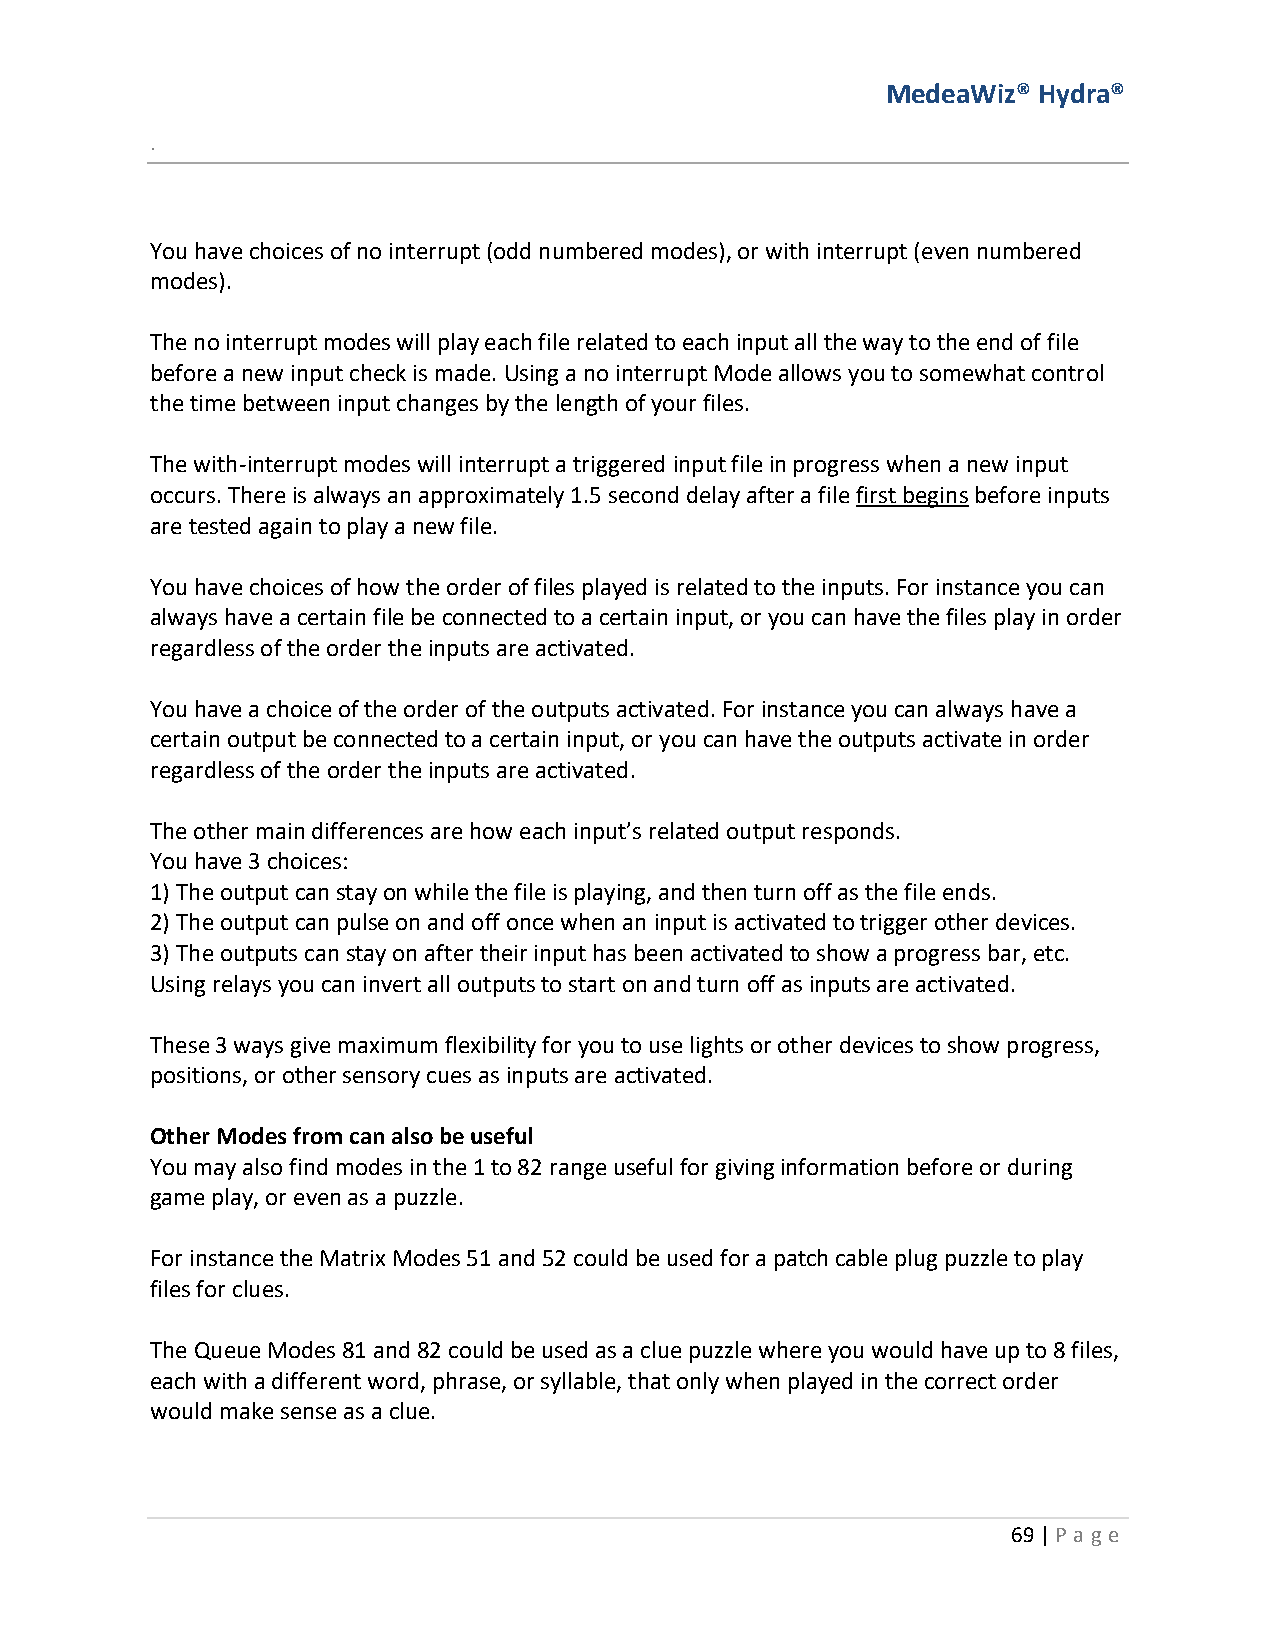
MedeaWiz® Hydra®
 .
 You have choices of no interrupt (odd numbered modes), or with interrupt (even numbered
 modes).
 The no interrupt modes will play each file related to each input all the way to the end of file
 before a new input check is made. Using a no interrupt Mode allows you to somewhat control
 the time between input changes by the length of your files.
 The with-interrupt modes will interrupt a triggered input file in progress when a new input
 occurs. There is always an approximately 1.5 second delay after a file first begins before inputs
 are tested again to play a new file.
 You have choices of how the order of files played is related to the inputs. For instance you can
 always have a certain file be connected to a certain input, or you can have the files play in order
 regardless of the order the inputs are activated.
 You have a choice of the order of the outputs activated. For instance you can always have a
 certain output be connected to a certain input, or you can have the outputs activate in order
 regardless of the order the inputs are activated.
 The other main differences are how each input’s related output responds.
 You have 3 choices:
 1) The output can stay on while the file is playing, and then turn off as the file ends.
 2) The output can pulse on and off once when an input is activated to trigger other devices.
 3) The outputs can stay on after their input has been activated to show a progress bar, etc.
 Using relays you can invert all outputs to start on and turn off as inputs are activated.
 These 3 ways give maximum flexibility for you to use lights or other devices to show progress,
 positions, or other sensory cues as inputs are activated.
 Other Modes from can also be useful
 You may also find modes in the 1 to 82 range useful for giving information before or during
 game play, or even as a puzzle.
 For instance the Matrix Modes 51 and 52 could be used for a patch cable plug puzzle to play
 files for clues.
 The Queue Modes 81 and 82 could be used as a clue puzzle where you would have up to 8 files,
 each with a different word, phrase, or syllable, that only when played in the correct order
 would make sense as a clue.
 69 | P age